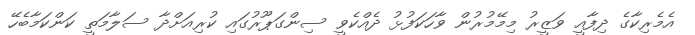
އެމެރިކާގެ ދިފާއީ ވަޒީރު މިމޭމުރުން ވާހަކަފުޅު ދެއްކެވީ ސިންގަޕޫރުގައި ކުރިއަށްދާ ސަލާމަތީ ކަންކަމާބެހޭ